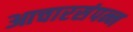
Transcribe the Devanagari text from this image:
आचारसंपन्न